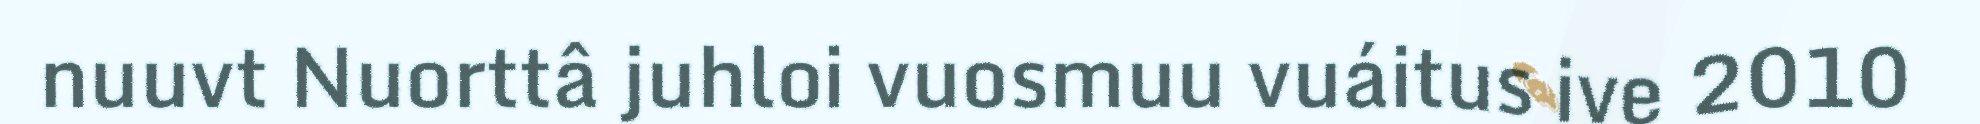
nuuvt Nuorttâ juhloi vuosmuu vuáitus ive 2010